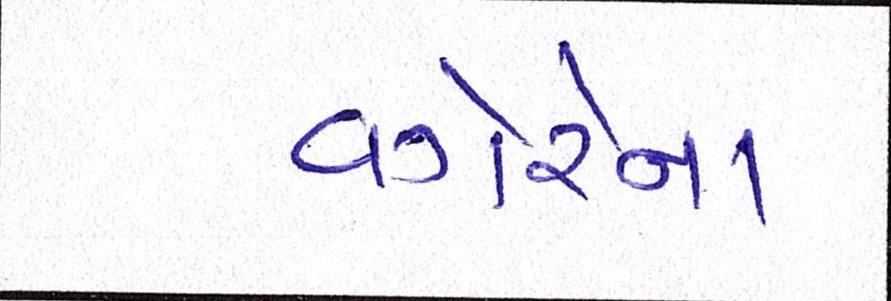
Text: વગેરેના